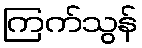
ကြက်သွန်